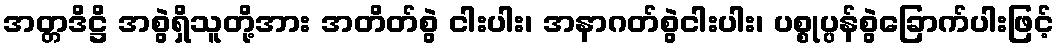
အတ္တဒိဋ္ဌိ အစွဲရှိသူတို့အား အတိတ်စွဲ ငါးပါး၊ အနာဂတ်စွဲငါးပါး၊ ပစ္စုပ္ပန်စွဲခြောက်ပါးဖြင့်